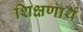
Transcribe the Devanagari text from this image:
शिक्षणार्थ